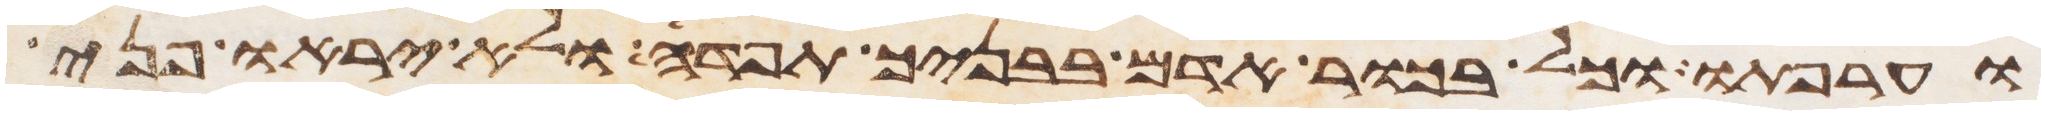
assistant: וערפתו וכל בכור אדם בבניך תפדה ולא יראו פני